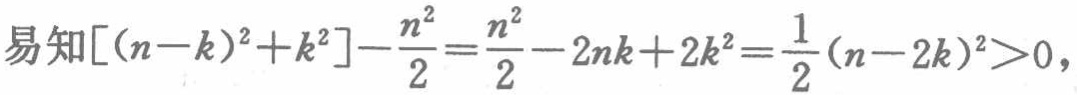
易知\([(n - k)^2 + k^2] - \frac{n^2}{2} = \frac{n^2}{2} - 2nk + 2k^2 = \frac{1}{2}(n - 2k)^2>0\)，